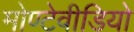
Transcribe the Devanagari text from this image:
मोण्टेवीडियो